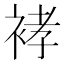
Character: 𰳽